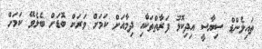
ތައިލެންޑް ސިޔާސީ އިދިކޮޅު ފަރާތްތަކާްއި ދިމާއަށް ކަމަށް ވަރަށް ބޮޑަށް ބެލެވޭ ކަމަށް